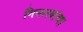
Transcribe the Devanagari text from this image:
मित्तलयांच्या